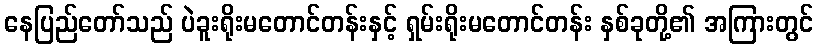
နေပြည်တော်သည် ပဲခူးရိုးမတောင်တန်းနှင့် ရှမ်းရိုးမတောင်တန်း နှစ်ခုတို့၏ အကြားတွင်